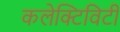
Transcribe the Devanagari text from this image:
कलेक्टिविटी